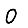
Digit: 0